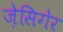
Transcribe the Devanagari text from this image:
ज़ेसिगेर